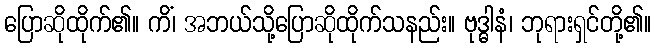
ပြောဆိုထိုက်၏။ ကိံ၊ အဘယ်သို့ပြောဆိုထိုက်သနည်း။ ဗုဒ္ဓါနံ၊ ဘုရားရှင်တို့၏။